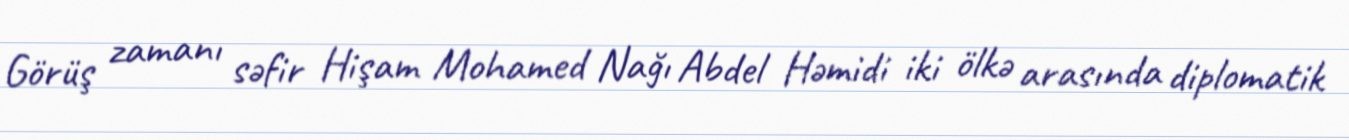
Görüş zamanı səfir Hişam Mohamed Nağı Abdel Həmidi iki ölkə arasında diplomatik